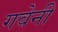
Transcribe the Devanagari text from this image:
गवेनी